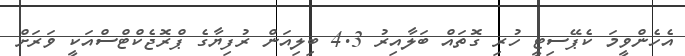
އެހެންވީމަ ކެޕޭސިޓީ ހުރި ގޮތައް ބަލާއިރު 4.3 ބިލިއަން ރުފިޔާގެ ޕްރޮޖެކްޓްސްއަކީ ވަރަށް